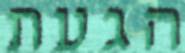
הגעת